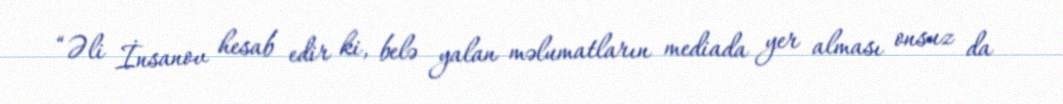
“Əli İnsanov hesab edir ki, belə yalan məlumatların mediada yer alması onsuz da